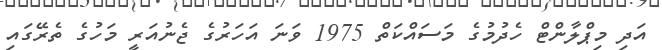
އަދި މިޕްލާންޓް ހެދުމުގެ މަސައްކަތް 1975 ވަނަ އަހަރުގެ ޖެނުއަރީ މަހުގެ ތެރޭގައި